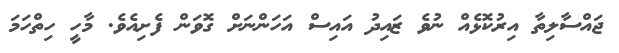
ޖައްސާލިތާ އިރުކޮޅެއް ނުވެ ޒައިދު އައިސް އަހަންނަށް ގޮވަން ފެށިއެވެ. މާހީ ހިތްހަމަ